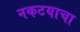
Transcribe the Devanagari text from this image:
नकटयाचा